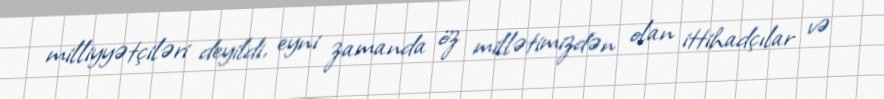
milliyyətçiləri deyildi, eyni zamanda öz millətimizdən olan ittihadçılar və